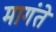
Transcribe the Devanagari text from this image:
मागंते